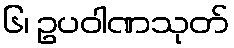
၆၊ ဥပဝါဏသုတ်